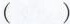
（）